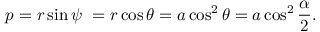
p = r \sin \psi \ = r \cos \theta = a \cos ^ { 2 } \theta = a \cos ^ { 2 } { \frac { \alpha } { 2 } } .